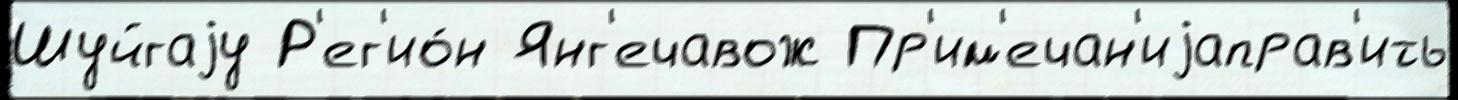
Шуйгаjу Р'ег'ио́н Янг'ечавож Пр'им'ечан'иjаправ'ить